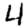
Digit: 4